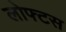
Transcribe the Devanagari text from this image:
लोफ्टस